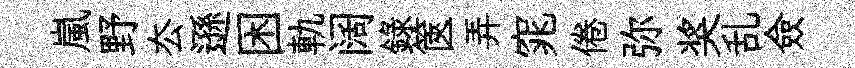
嵐野厺遜困軌阔錄篋弄窕倦弥奖乱僉